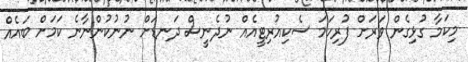
މިކަމާ ގުޅިގެން ވަރަށް ފުރިހަމަ ސެކިއުރިޓީއެއް ނުދެނީސް ދަނޑަށް ނުނުކުންނާނެ ކަމަށް ބައެއް